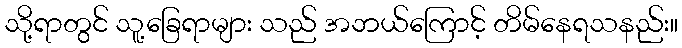
သို့ရာတွင် သူ့ခြေရာများ သည် အဘယ်ကြောင့် တိမ်နေရသနည်း။